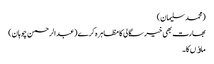
(محمد سلیمان)
بھارت بھی خیر سگالی کا مظاہر ہ کرے(عبدالرحمن چوہان)
ماﺅں کا۔